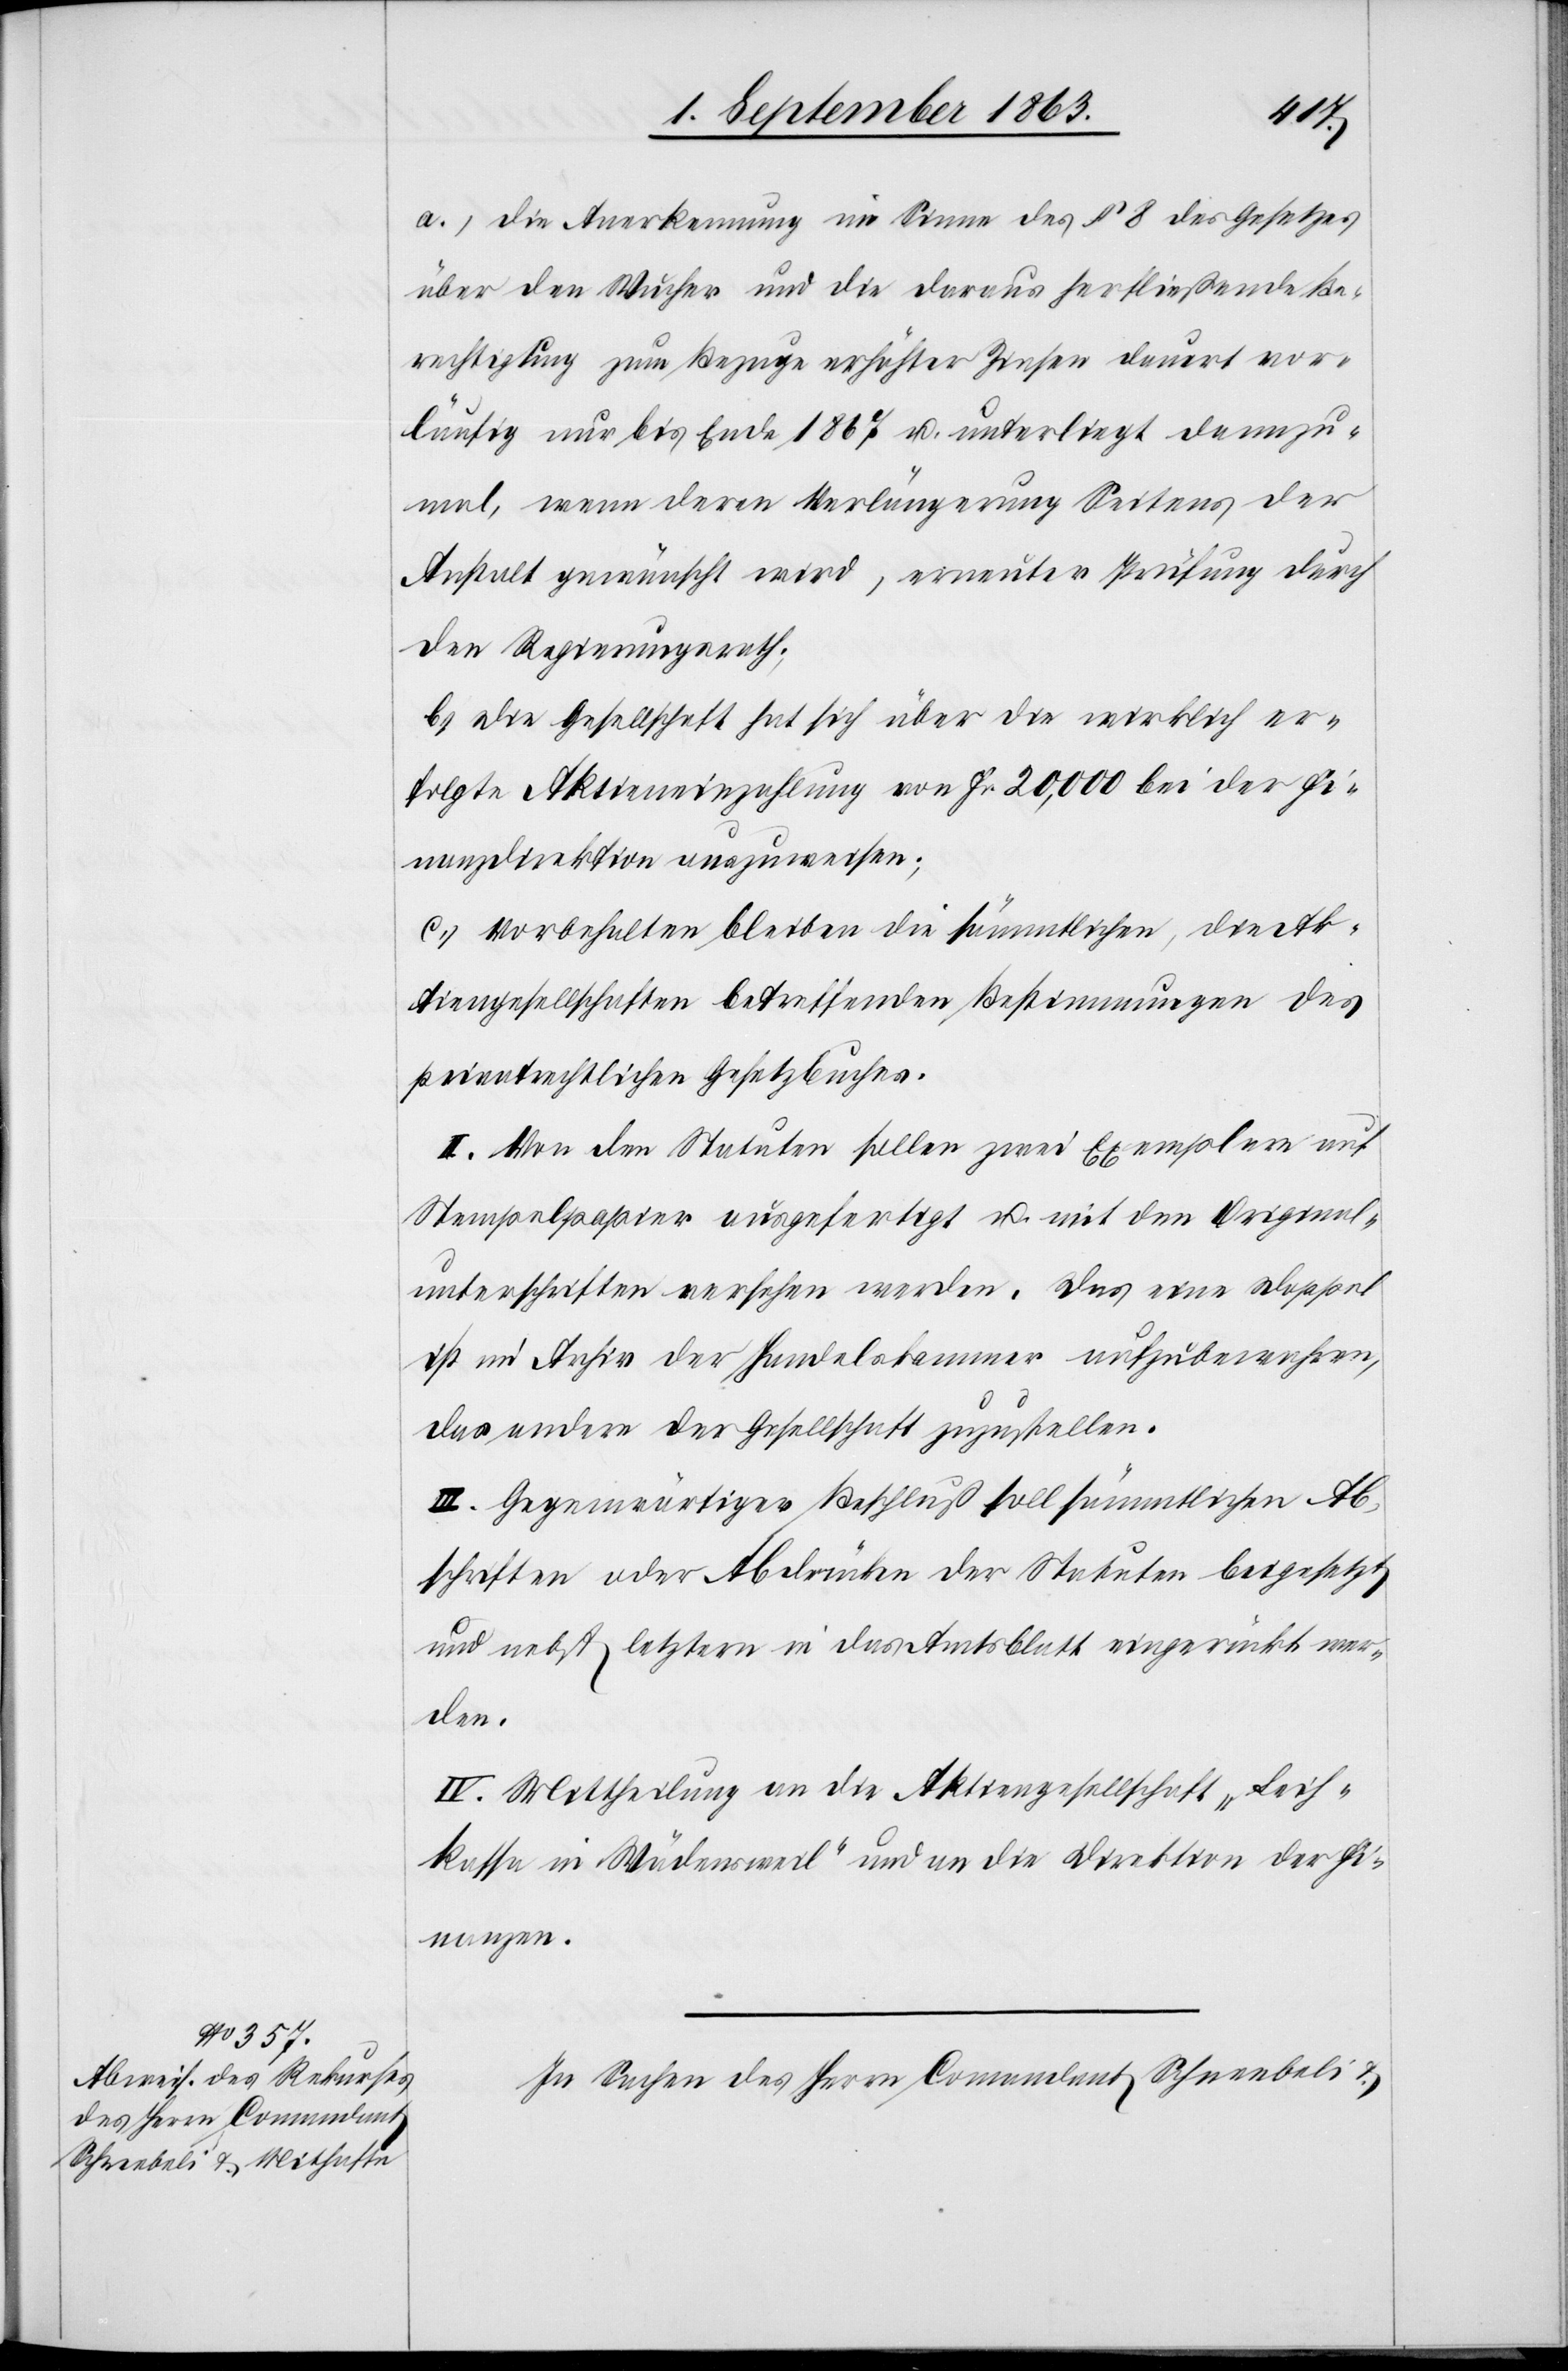
a.) die Anerkennung im Sinne des § 8 des Gesetzes
über den Wucher und die daraus herfließende Be¬
rechtigung zum Bezuge erhöhter Zinsen dauert vor¬
läufig nur bis Ende 1867 u. unterliegt dannzu¬
mal, wenn deren Verlängerung Seitens der
Anstalt gewünscht wird, erneuter Prüfung durch
den Regierungsrath;
b.) Die Gesellschaft hat sich über die wirklich er¬
folgte Aktieneinzahlung von Fr. 20,000 bei der Fi¬
nanzdirektion auszuweisen;
c.) Vorbehalten bleiben die sämmtlichen, die Ak¬
tiengesellschaften betreffenden Bestimmungen des
privatrechtlichen Gesetzbuches.
II. Von den Statuten sollen zwei Exemplare auf
Stempelpapier ausgefertigt u. mit den Original¬
unterschriften versehen werden. Das eine Doppel
ist im Archiv der Handelskammer aufzubewahren,
das andere der Gesellschaft zuzustellen.
III. Gegenwärtiger Beschluß soll sämmtlichen Ab¬
schriften oder Abdrücken der Statuten beigesetzt
und nebst letztern in das Amtsblatt eingerückt wer¬
den.
IV. Mittheilung an die Aktiengesellschaft „Leih¬
kassa in Wädensweil“ und an die Direktion der Fi¬
nanzen.
In Sachen des Herrn Comandant Schneebeli &